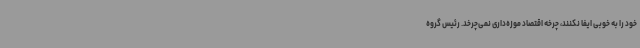
خود را به خوبی ایفا نکنند، چرخه اقتصاد موزه‌داری نمی‌چرخد. رئیس گروه